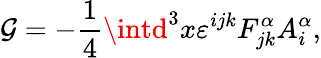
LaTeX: \mathcal{G}=-\frac{{1}}{{4}}\intd^{3}x\varepsilon^{ijk}F_{jk}^{\alpha}A_{i}^{\alpha},